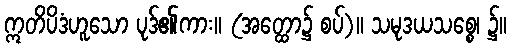
ဣတိပိဒံဟူသော ပုဒ်၏ကား။ (အတ္ထော၌ စပ်)။ သမုဒယသစ္စေ၊ ၌။